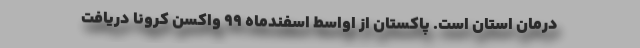
درمان استان است. پاکستان از اواسط اسفندماه ۹۹ واکسن کرونا دریافت